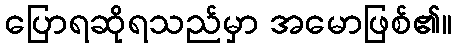
ပြောရဆိုရသည်မှာ အမောဖြစ်၏။